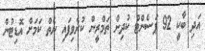
އަދި ބާކީ 92 ޕަސެންޓް ކުދިން ތަމްރީން ކުރެވިފައި ނެތް ކަމަށް އޮޑިޓުން